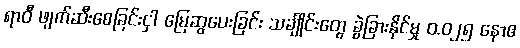
ရာဝီ ဖျက်ဆီးစေခြင်းငှါ မြေဆွပေးခြင်း သင်္ချိုင်းတွေ ခွဲခြားနိုင်မှု ၀.၀၂၅ နောဧ